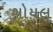
ગોયલ